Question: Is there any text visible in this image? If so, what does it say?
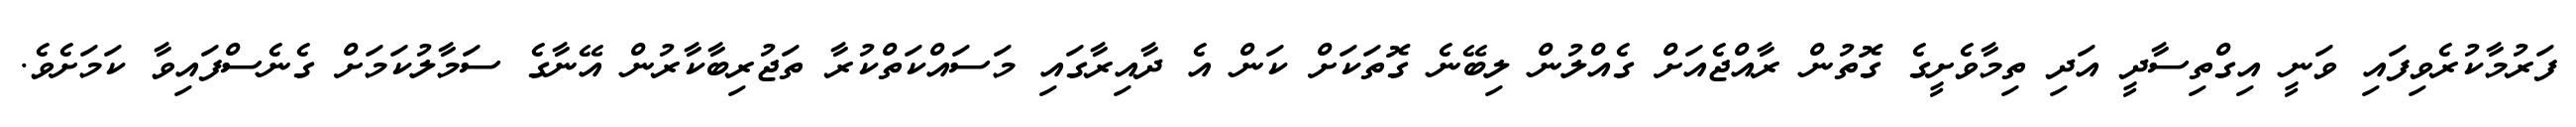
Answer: ފަރުމާކުރެވިފައި ވަނީ އިގްތިސާދީ އަދި ތިމާވެށީގެ ގޮތުން ރާއްޖެއަށް ގެއްލުން ލިބޭނެ ގޮތަކަށް ކަން އެ ދާއިރާގައި މަސައްކަތްކުރާ ތަޖުރިބާކާރުން އޭނާގެ ސަމާލުކަމަށް ގެނެސްފައިވާ ކަމަށެވެ.